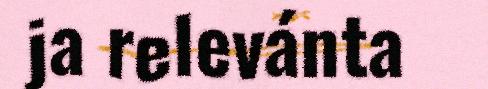
ja relevánta